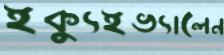
ইক্যুইভ্যালেন